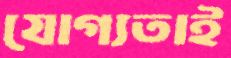
যোগ্যতাই